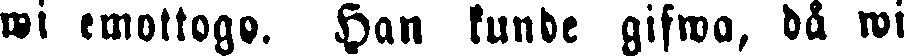
wi emottogo. Han kunde gifwa, då wi